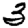
Digit: 3